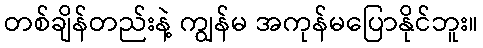
တစ်ချိန်တည်းနဲ့ ကျွန်မ အကုန်မပြောနိုင်ဘူး။